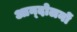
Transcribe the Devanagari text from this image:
आन्‍दोलनों